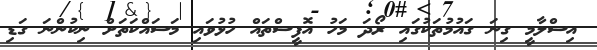
އިސްލާމީ ގިނަ ގައުމުތަކުގައި ރޯދަ މަހު އޮފީސްތައް ހުޅުވައި މަސައްކަތަށް ނިކުންނަ ގަޑި